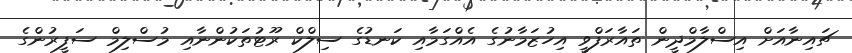
ޗައިނާއަށް އިސްލާމްދީން ތައާރަފްވީ އިހުޒަމާނުގެ އެއްގަމާއި ކަނޑުގެ ސިލްކް ރޫޓުތަކުންނާއި މުސްލިމް ސަފީރުންގެ